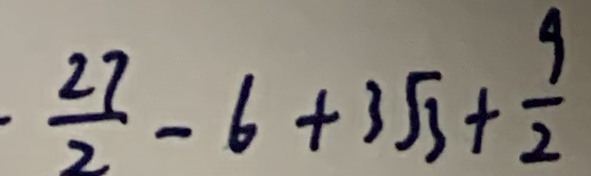
\frac { 2 7 } { 2 } - 6 + 3 \sqrt { 3 } + \frac { 9 } { 2 }